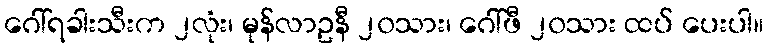
ဂေါ်ရခါးသီးက ၂လုံး၊ မုန်လာဥနီ ၂၀သား၊ ဂေါ်ဖီ ၂၀သား ထပ် ပေးပါ။